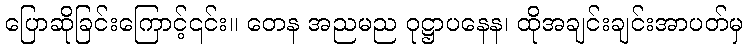
ပြောဆိုခြင်းကြောင့်၎င်း။ တေန အညမည ဝုဋ္ဌာပနေန၊ ထိုအချင်းချင်းအာပတ်မှ